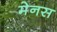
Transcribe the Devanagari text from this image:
मेनस